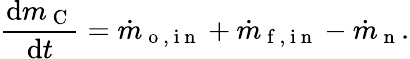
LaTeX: \frac{\mathrm{d}m_{\mathrm{~C~}}}{\mathrm{d}t}=\dot{m}_{\mathrm{~o~,~i~n~}}+\dot{m}_{\mathrm{~f~,~i~n~}}-\dot{m}_{\mathrm{~n~}}.